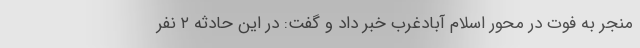
منجر به فوت در محور اسلام آبادغرب خبر داد و گفت: در این حادثه ۲ نفر